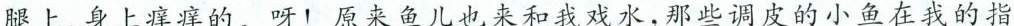
腿上、身上痒痒的。呀！原来鱼儿也来和我戏水，哪些调皮的小鱼仔我的指